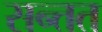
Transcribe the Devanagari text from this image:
सन्तत